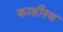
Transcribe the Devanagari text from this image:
काशीस्थ